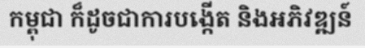
កម្ពុជា ក៏ដូចជាការបង្កើត និងអភិវឌ្ឍន៍